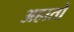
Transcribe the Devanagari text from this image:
अहातों